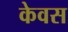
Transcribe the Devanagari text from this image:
केवस